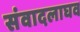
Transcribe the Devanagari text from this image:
संवादलाघव